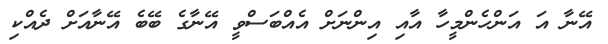
އޭނާ އަ އަންހެންމީހާ އާއި އިންނަށް އެއްބަސްވީ އޭނާގެ ބޭބެ އޭނާއަށް ދެއްކި